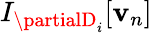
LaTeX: I_{\partialD_{i}}[\mathbf{v}_{n}]